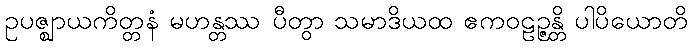
ဥပဇ္ဈာယကိတ္တနံ မဟန္တဿ ပီတွာ သမာဒိယထ ဧကဝဠဉ္ဇန္တိ ပါပိယောတိ